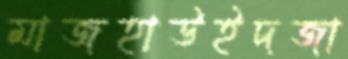
মাজহাউইদজা